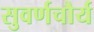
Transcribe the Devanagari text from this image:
सुवर्णचौर्य